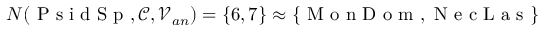
N ( \mathrm { ~ P ~ s ~ i ~ d ~ S ~ p ~ } , \mathcal { C } , \mathcal { V } _ { a n } ) = \{ 6 , 7 \} \approx \{ \mathrm { ~ M ~ o ~ n ~ D ~ o ~ m ~ } , \mathrm { ~ N ~ e ~ c ~ L ~ a ~ s ~ } \}